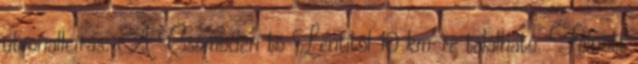
útvonalleírás: A Csömödéri tó Lentitől 10 km-re található. Felnőtt